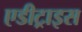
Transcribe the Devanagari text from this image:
एडीट्राइस